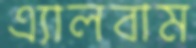
এ্যালবাম